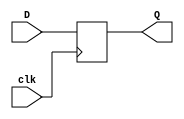
module neg_edge_d_ff (
    input D, // Data input
    input clk, // Clock input
    output reg Q // Output
);

always @ (negedge clk)
begin
    Q <= D; //Latch the input D on the falling edge of the clock
end

endmodule